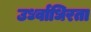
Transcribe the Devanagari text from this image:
उर्ध्वाधिरता